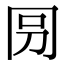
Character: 𠕕